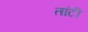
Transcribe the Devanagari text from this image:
तांटी